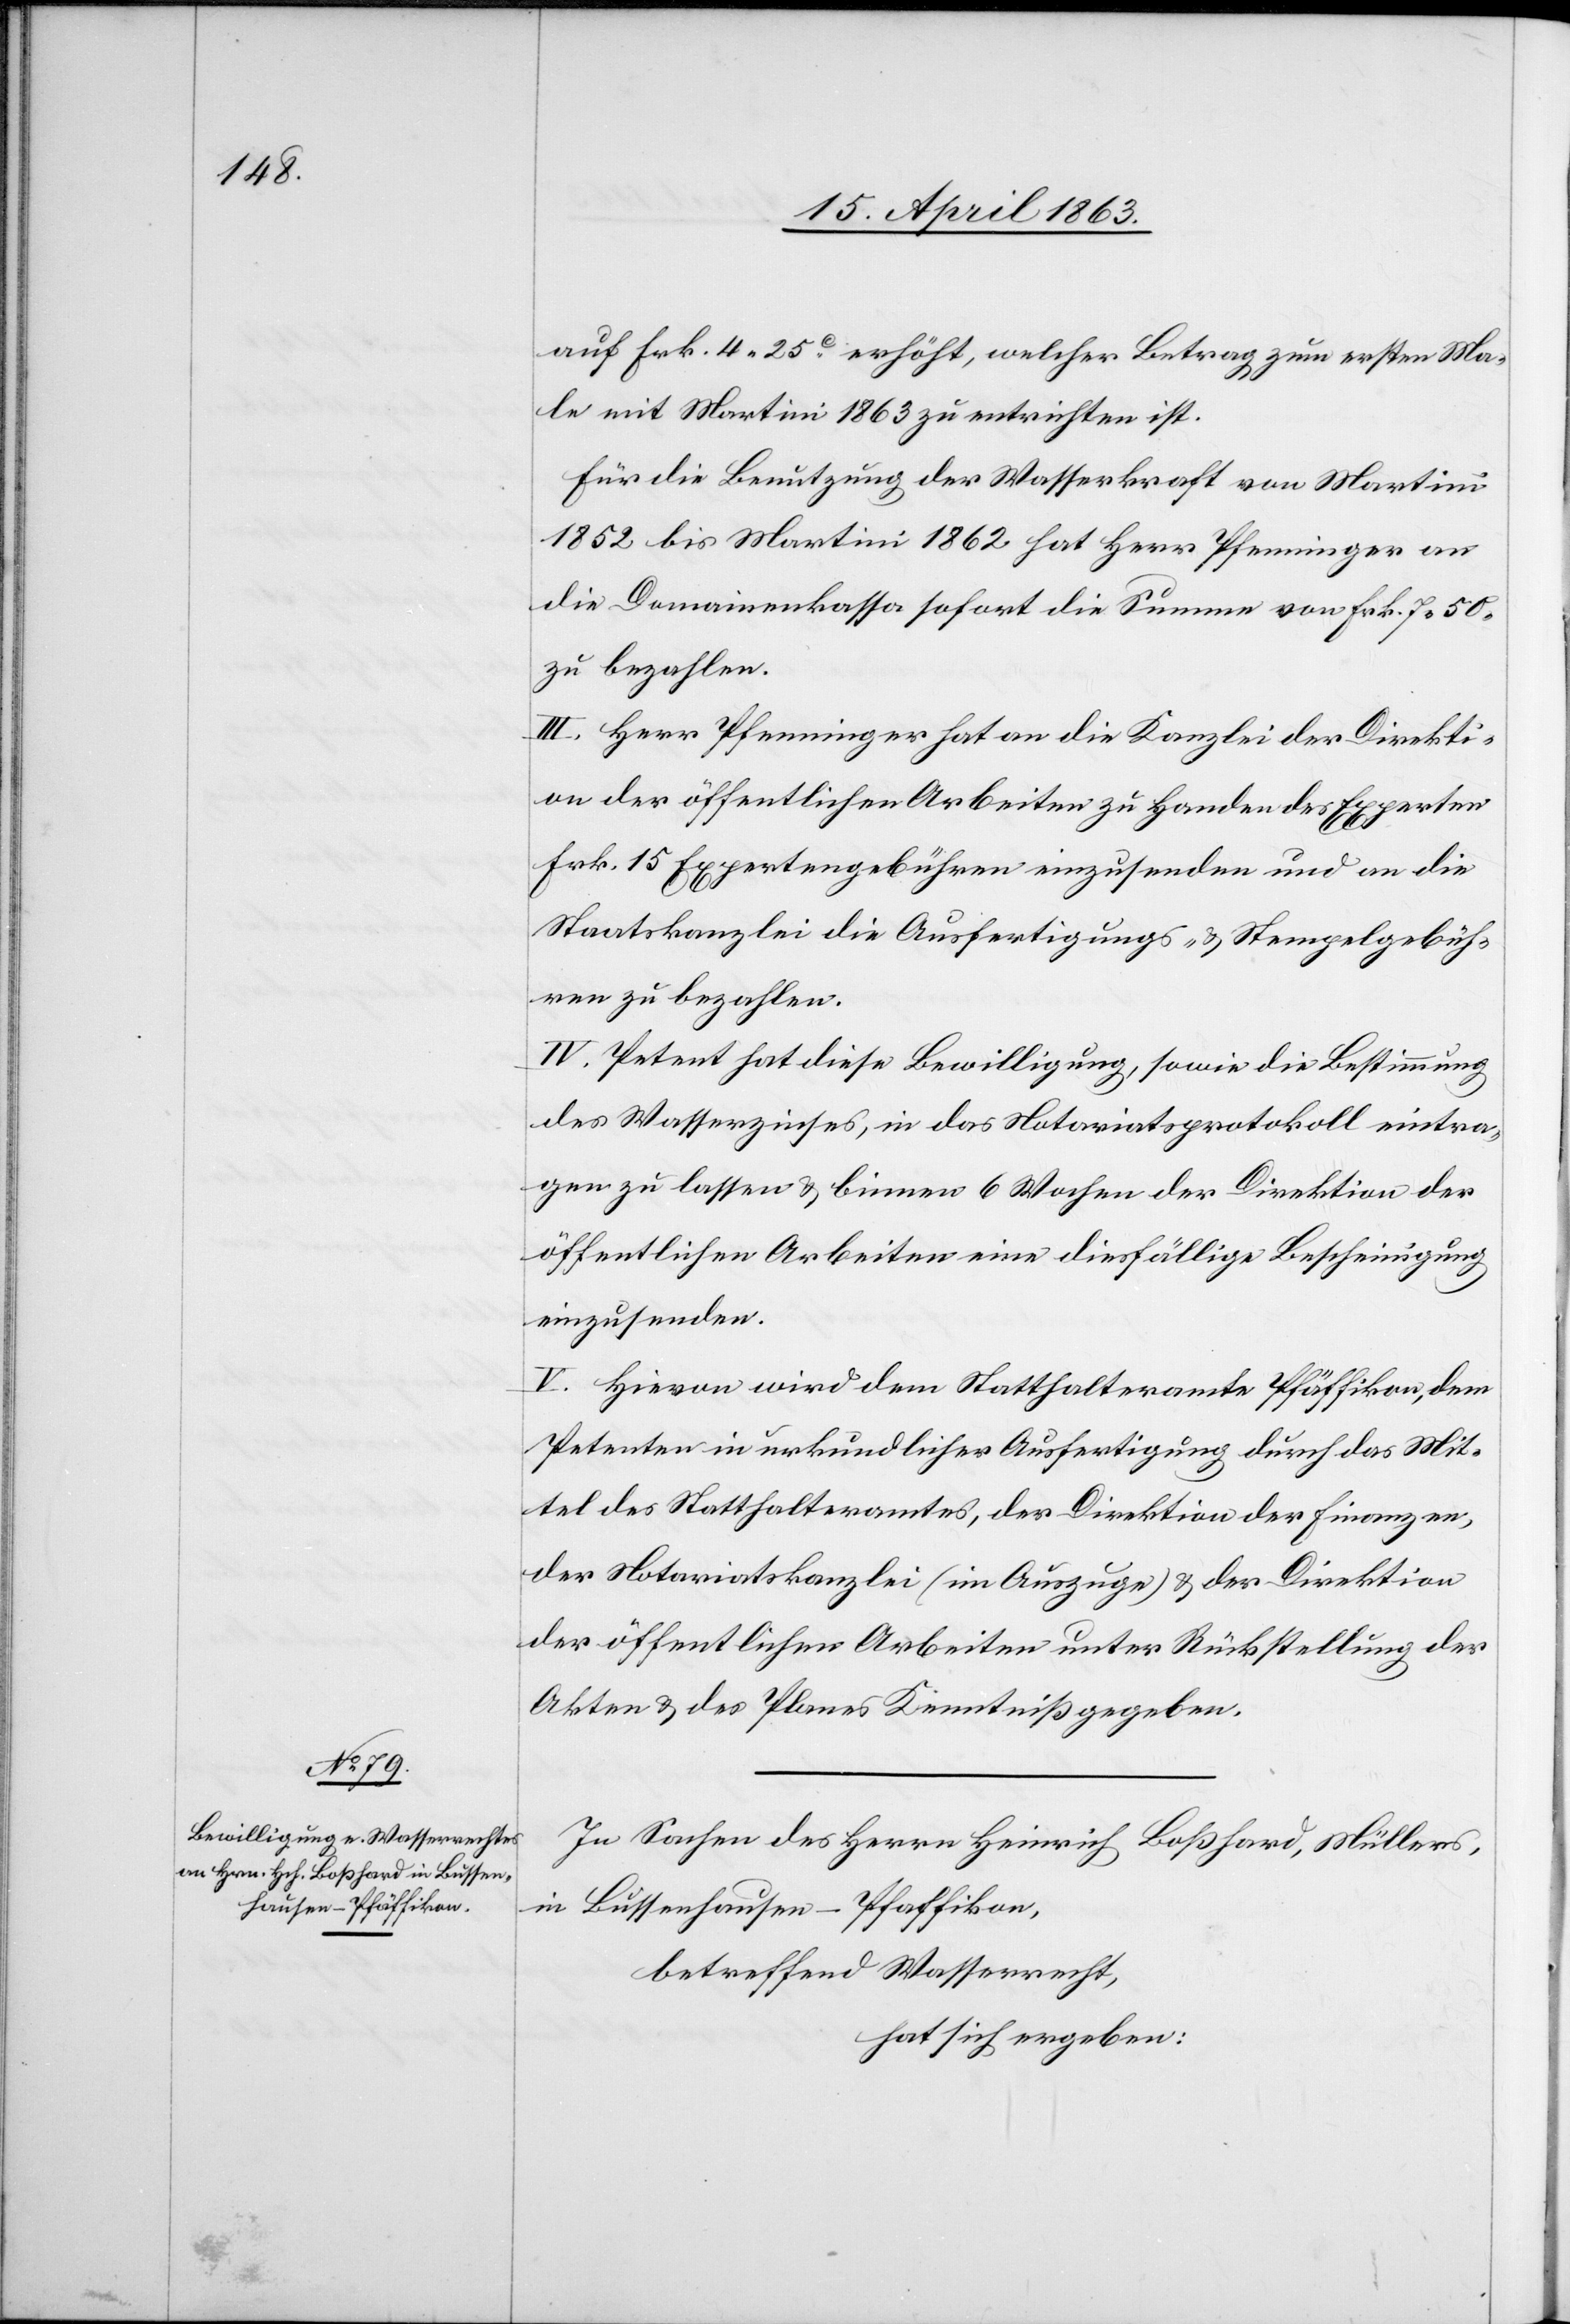
auf Frk. 4. 25c erhöht, welcher Betrag zum ersten Ma¬
le mit Martini 1863 zu entrichten ist.
Für die Benutzung der Wasserkraft von Martini
1852 bis Martini 1862 hat Herr Pfenninger an
die Domainenkassa sofort die Summe von Frk. 7. 50.
zu bezahlen.
III. Herr Pfenninger hat an die Kanzlei der Direkti¬
on der öffentlichen Arbeiten zu Handen des Experten
Frk. 15 Expertengebühren einzusenden und an die
Staatskanzlei die Ausfertigungs- & Stempelgebüh¬
ren zu bezahlen.
IV. Petent hat diese Bewilligung, sowie die Bestimmung
des Wasserzinses, in das Notariatsprotokoll eintra¬
gen zu lassen & binnen 6 Wochen der Direktion der
öffentlichen Arbeiten eine diesfällige Bescheinigung
einzusenden.
V. Hievon wird dem Statthalteramte Pfäffikon, dem
Petenten in urkundlicher Ausfertigung durch das Mit¬
tel des Statthalteramtes, der Direktion der Finanzen,
der Notariatskanzlei (im Auszuge) & der Direktion
der öffentlichen Arbeiten unter Rückstellung der
Akten & des Planes Kenntniß gegeben.
In Sachen des Herrn Heinrich Boßhard, Müllers,
in Bussenhausen-Pfaffikon
betreffend Wasserrecht,
hat sich ergeben: